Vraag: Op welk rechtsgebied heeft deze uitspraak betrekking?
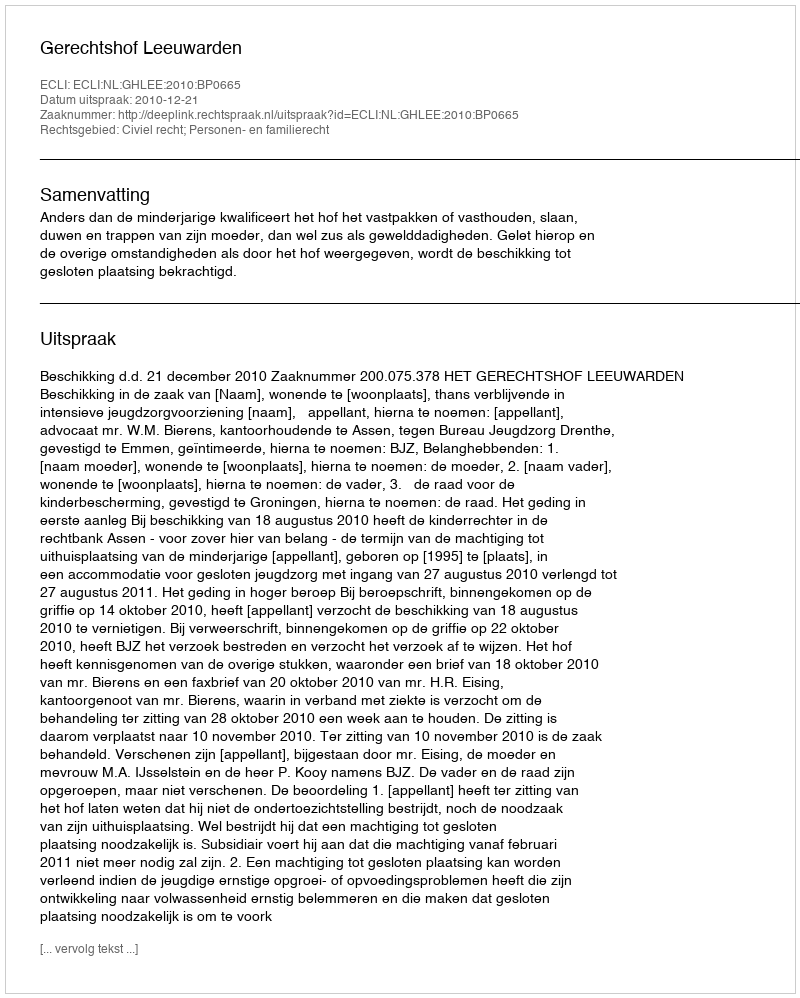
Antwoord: Civiel recht; Personen- en familierecht